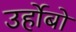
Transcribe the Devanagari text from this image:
उर्होबो